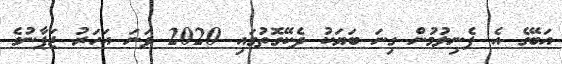
އަބޭގެ އެ ފެނިލުމުން ގިނަ ބަޔަކު ދެކޭގޮތުގައި 2020 ވަނަ އަހަރު ޖަޕާނުގެ